Lunatic asylums Madras 1892-1911 - 1892-1911
Year: 1892
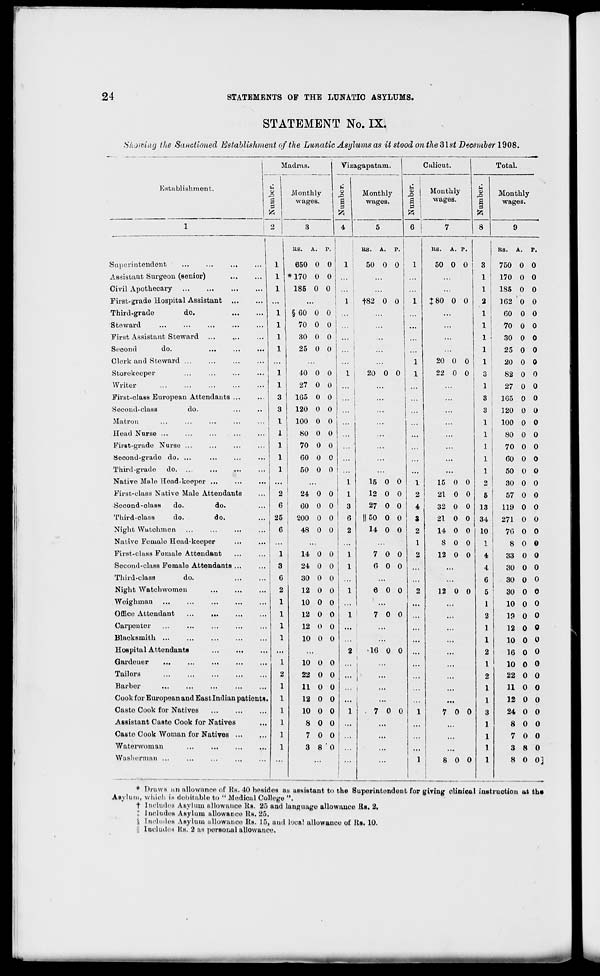
24
STATEMENTS OF THE LUNATIC ASYLUMS.
STATEMENT No. IX.
Showing the Sanctioned Establishment of the Lunatic Asylums as it stood on the Slst December 1908.
1 Madras.
7T
%
Monthly
$
wages.
'A
Vizagapatam.
Calicut.
Total.
Establishment.
Number.
Monthly
wages.
|
S
-o 1
5 ;
ft
6 1
Monthly
wages.
ft
Monthly
wages.
1
i 2
3
4
5
7
8
9
RS.
A. P. !
RS. A. P. !
KS.
A. P.
l
RS. A.
P.
Superintendent
1
650 0 0
1
50 0 0 i
1
1
50 0 0
3
750 0 0
Assistant Surgeon (Benior)
1
* 170 0 0
...
...
1 I 170 0 0
Civil Apothecary
1
185 0 0 ... j
1
1S5 0 0
First-grade Hospital Assistant
...
1 1 f82 0 0 1 J80 0 0 2 | 162 0 0
Third-grade
do.
1
§ 60 0 0
I
...
...
"l
60 0 0
Steward
1
fo 0 0 ... i
...
...
1
70 0 0
First Assistant Steward
1
30 0 0
i
...
I
30 0 0
Second
do.
1
25 0 0 ... !
...
1 :
25 0 0
Clerk and Steward
...
...
... <
1
20 0 0
i
20 0 0
Storekeeper
...
1
40 0 0
l
20 0 0
1
22 0 0
3 \
82 0 0
Writer
...
1
27 0 0 ...
...
...
1
27 0 0
First-class European Attendants ...
3
165 0 0
i
...
...
3
165 0 0
Second-class
do.
3
120 0 0 ...
...
3
120 0 0
Matron
I
100 0 0
...
...
1
100 0 0
Head Nurse ...
1
80 0 0
. .-
1
80 0 0
First-grade Nurse ...
1
70 0 0
1
70 0 0
Second-grade do. ...
1
60 0 0
...
...
1
60 0 0
Third-grade do
1
50 0 0
...
...
1
50 0 0
Native Male Head-keeper ...
...
...
i
16 0 0
1
15 0 0
2
30 0 0
First-class Native Male Attendants
2
24 0 0
i
12 0 0
2
21 0 0
5
57 0 0
Seoond-olasH
do.
do.
6
60 0 0
3
27 0 0
4
32 0 0 13
119 0 0
Third-class
do.
do.
25
200 0 0
6
||50 0 0
3
21 0 0 34
271 0 0
Night Watchmen
6
48 0 O i 2
14 0 0
2
14 0 0 10
76 0 0
Native Female Head-keeper
...
...
l ...
1
S 0 0
1
8 0 0
First-class Female Attendant
1
14 0 0 1 1
7 0 0
2
12 0 0
4
33 0 0
Second-class Female Attendants ...
3
24 0 0
1
6 0 0 1 •'•
4
30 0 0
Third-class
do.
6
30 0 0
6
30 0 0
Night Watch women
2
12 0 0
1
6 0 0
2
12 0 0
5
30 o e
Woighman
1
10 0 0 ...
...
1
10 o o
Office Attendant
...
1
12 0 0
1 i
7 0 0
2
19 0 0
Carpenter
1
12 0 0 ...
1
12 0 0
Blacksmith ...
1
10 0 0
...
1
10 0 o
Hospital Attendants
...
2
16 0 0
2
16 0 0
Gardener
1
10 0 0
i
1
...
i
...
1
10 0 o
Tailors
2
22 0 0
1
2
22 0 0
Barber
1
11 0 0
1
11 o 0
Cook for European and East Indian patients.
1
12 0 0 ...
...
1
12 0 0
Caste Cook for Natives
1
10 0 0
1
.700
1
7 0 0
3
24 0 0
Assistant Oaite Cook for Natives
1
8 0 0 ...
...
1
8 0 0
Casto Cook Woman for Natives
]
7 0 0 ...
...
1
7 0 0
Watorwoman
1
3 8 ' 0 ! '"
...
1
3 8 0
Washerman ...
...
...
...
1
8 0 0
1
8 0 0]
* Drawl an allowance of Rs. 40 besides as assistant to the Superintendent for giving clinical instruction at th»
Asylum, which is dobitable to " Medical College ".
t Includes Asylum allowauco Its. 25 and lunguage allowance Rs. 2.
I Includes Asylum allowance Rs. 25.
§ Includes Asylum allowance Rs. 15, and local allowance of Rs. 10.
|| Includes Rs. 2 as personal allowance.